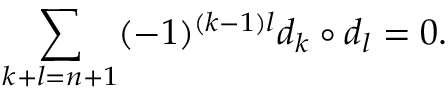
\sum _ { k + l = n + 1 } ( - 1 ) ^ { ( k - 1 ) l } d _ { k } \circ d _ { l } = 0 .